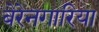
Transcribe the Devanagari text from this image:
बेरेनगारिया